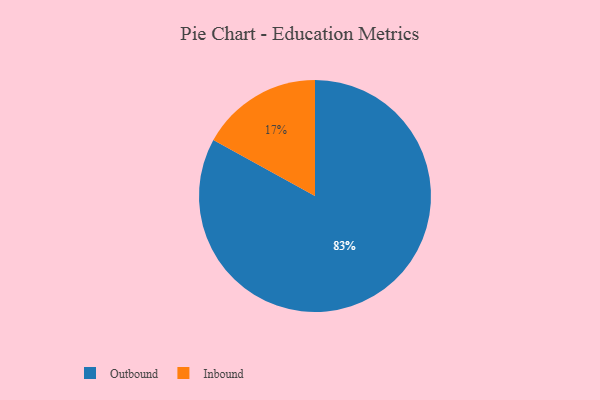
{"axis": {"x": "Category", "y": "Percentage"}, "legend": ["Inbound", "Outbound"], "data": [{"x": "Outbound", "y": 83, "type": "Outbound"}, {"x": "Inbound", "y": 17, "type": "Inbound"}]}